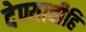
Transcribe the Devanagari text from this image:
देण्याचीहि